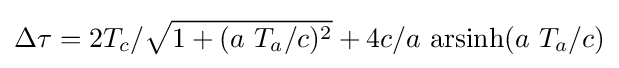
\Delta \tau =2T_{c}/{\sqrt {1+(a\ T_{a}/c)^{2}}}+4c/a\ {\text{arsinh}}(a\ T_{a}/c)